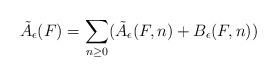
LaTeX: \begin{align*} \tilde A_\epsilon(F) =\sum_{n\geq 0} (\tilde A_\epsilon(F,n)+ B_\epsilon(F,n))\end{align*}